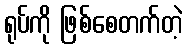
ရုပ်ကို ဖြစ်စေတက်တဲ့